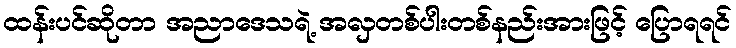
ထန်းပင်ဆိုတာ အညာဒေသရဲ့ အလှတစ်ပါးတစ်နည်းအားဖြင့် ပြောရရင်